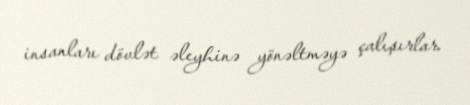
insanları dövlət əleyhinə yönəltməyə çalışırlar.